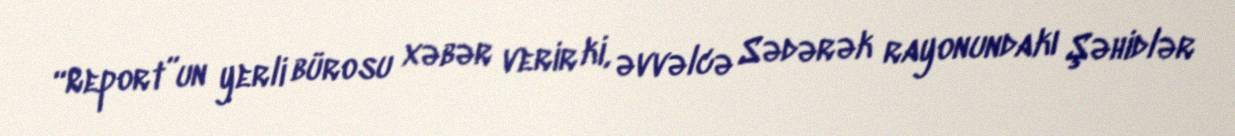
“Report”un yerli bürosu xəbər verir ki, əvvəlcə Sədərək rayonundakı Şəhidlər